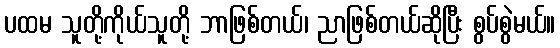
ပထမ သူတို့ကိုယ်သူတို့ ဘာဖြစ်တယ်၊ ညာဖြစ်တယ်ဆိုပြီး စွပ်စွဲမယ်။